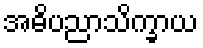
အဓိပညာသိက္ခာယ